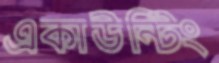
একাউন্টিং